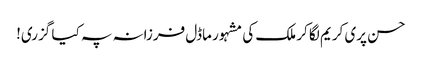
حسن پری کریم لگا کر ملک کی مشہور ماڈل فرزانہ پہ کیا گزری!